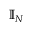
\mathbb { I } _ { N }